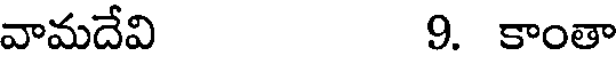
వామదేవి 9. కాంతా